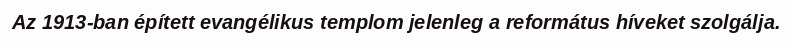
Az 1913-ban épített evangélikus templom jelenleg a református híveket szolgálja.